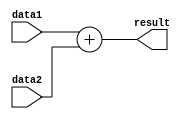
module ADD(
    input	[31:0] 	data1,
	 input	[31:0]	data2,
	 
    output	[31:0] 	result
);

	assign result = data1 + data2;
	
endmodule